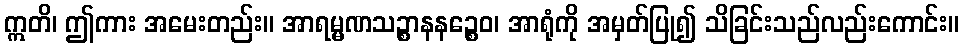
ဣတိ၊ ဤကား အမေးတည်း။ အာရမ္မဏသဉ္စာနနဉ္စေဝ၊ အာရုံကို အမှတ်ပြု၍ သိခြင်းသည်လည်းကောင်း။